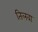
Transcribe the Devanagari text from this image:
तिलवा